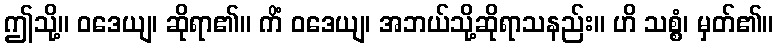
ဤသို့။ ဝဒေယျ၊ ဆိုရာ၏။ ကိံ ဝဒေယျ၊ အဘယ်သို့ဆိုရာသနည်း။ ဟိ သစ္စံ၊ မှတ်၏။